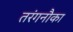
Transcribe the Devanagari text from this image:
तरंगनौका